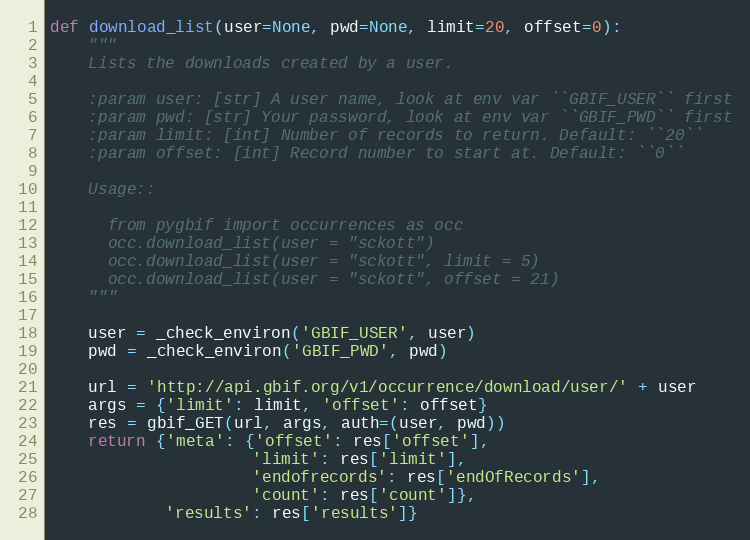
Language: Python
def download_list(user=None, pwd=None, limit=20, offset=0):
    """
    Lists the downloads created by a user.

    :param user: [str] A user name, look at env var ``GBIF_USER`` first
    :param pwd: [str] Your password, look at env var ``GBIF_PWD`` first
    :param limit: [int] Number of records to return. Default: ``20``
    :param offset: [int] Record number to start at. Default: ``0``

    Usage::

      from pygbif import occurrences as occ
      occ.download_list(user = "sckott")
      occ.download_list(user = "sckott", limit = 5)
      occ.download_list(user = "sckott", offset = 21)
    """

    user = _check_environ('GBIF_USER', user)
    pwd = _check_environ('GBIF_PWD', pwd)

    url = 'http://api.gbif.org/v1/occurrence/download/user/' + user
    args = {'limit': limit, 'offset': offset}
    res = gbif_GET(url, args, auth=(user, pwd))
    return {'meta': {'offset': res['offset'],
                     'limit': res['limit'],
                     'endofrecords': res['endOfRecords'],
                     'count': res['count']},
            'results': res['results']}